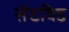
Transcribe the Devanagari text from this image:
सेंटविड